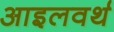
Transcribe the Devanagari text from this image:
आइलवर्थ